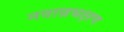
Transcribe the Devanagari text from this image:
नवान्नभक्षण